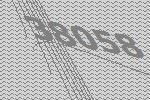
38058